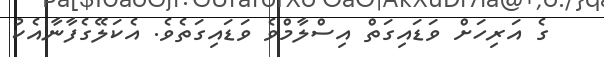
ގެ އަރިހަށް ވަޑައިގަތް އިސްލާމްވެ ވަޑައިގަތެވެ. އެކަލޭގެފާނާއެކު